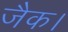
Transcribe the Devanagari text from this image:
जैक।